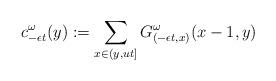
LaTeX: \begin{align*} c^\omega_{-\epsilon t} (y) := \sum_{x\in (y,ut]} G_{(-\epsilon t,x)}^{\omega} (x-1,y) \end{align*}